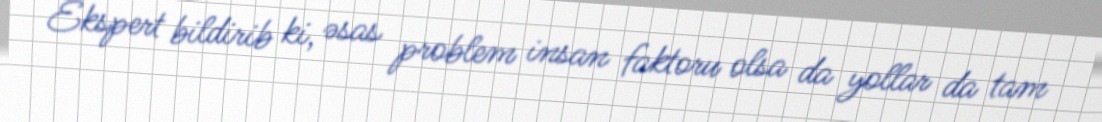
Ekspert bildirib ki, əsas problem insan faktoru olsa da yollar da tam